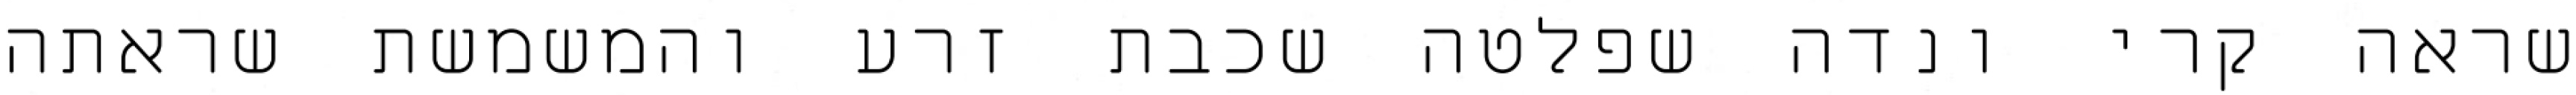
שראה קרי ונדה שפלטה שכבת זרע והמשמשת שראתה